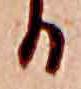
る